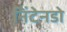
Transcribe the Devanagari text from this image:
निंटेनडो